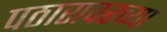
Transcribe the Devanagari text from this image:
पठारावरच्या